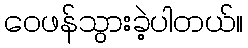
ဝေဖန်သွားခဲ့ပါတယ်။